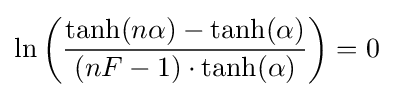
\ln \left({\frac {\tanh(n\alpha )-\tanh(\alpha )}{(nF-1)\cdot \tanh(\alpha )}}\right)=0